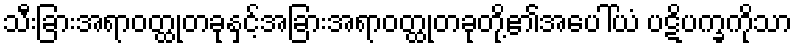
သီးခြားအရာဝတ္ထုတခုနှင့်အခြားအရာဝတ္ထုတခုတို့၏အပေါ်ယံ ပဋိပက္ခကိုသာ